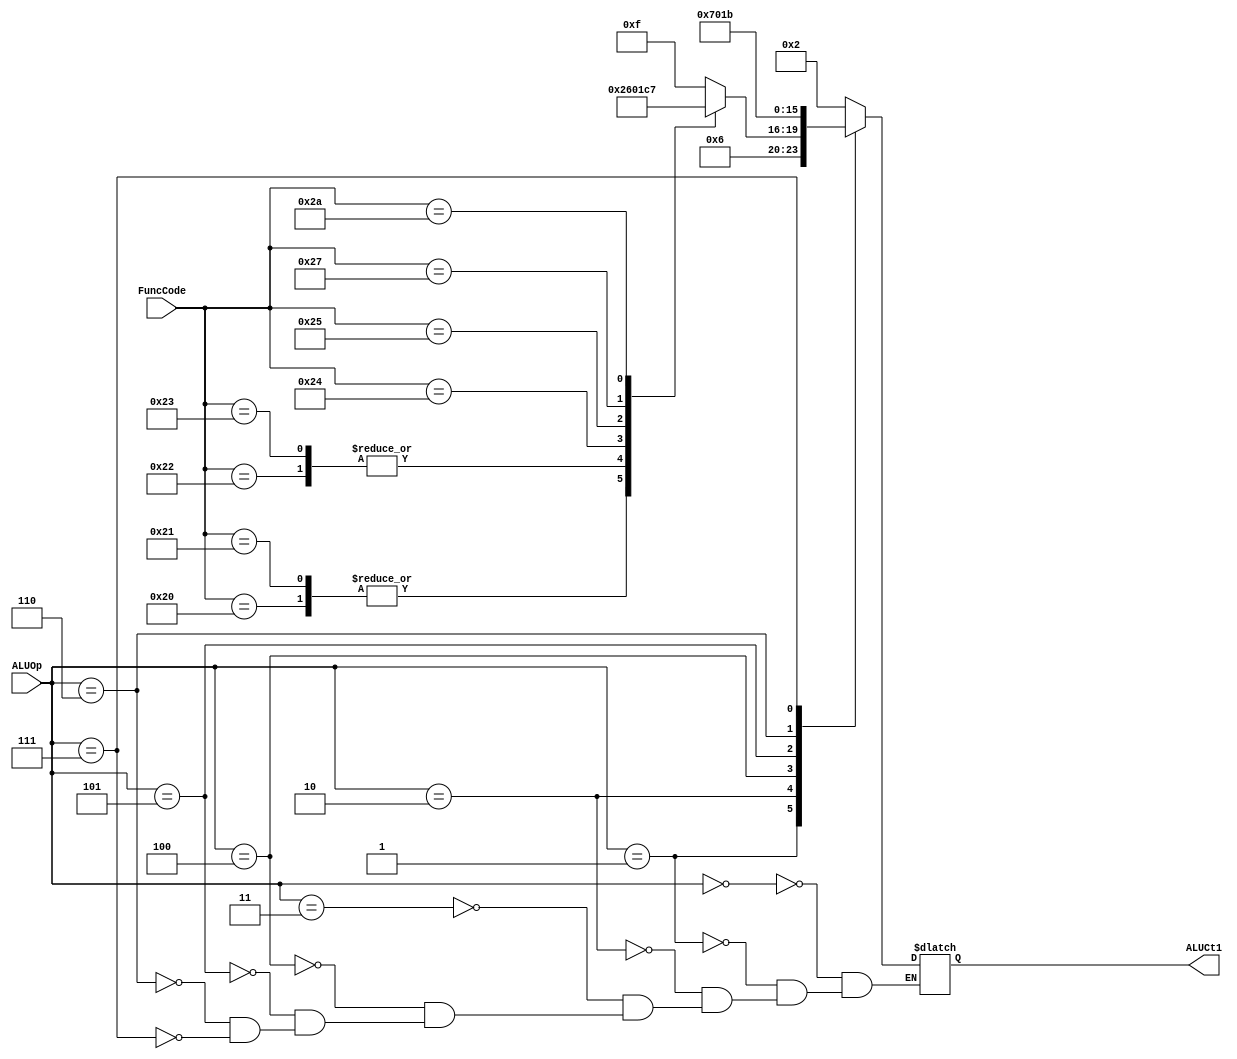
module ALUControl (ALUOp, FuncCode, ALUCt1);
  input[3:0] ALUOp;
  input[5:0] FuncCode;
  output reg[3:0] ALUCt1;
  
  always@(FuncCode or ALUOp)
  case(ALUOp)
    0: ALUCt1 <= 2;//lw e sw
    1: ALUCt1 <= 6;//beq
    2: case(FuncCode)
          0:ALUCt1 <= 15;//sll
          2:ALUCt1 <= 15;//srl
          8:ALUCt1 <= 15;//jump register
          32:ALUCt1 <= 2; //soma
          33:ALUCt1 <= 2;//soma unsigned
          34:ALUCt1 <= 6; //subtrai
          35:ALUCt1 <= 6; //subtract unsigned
          36:ALUCt1 <= 0; //and
          37:ALUCt1 <= 1; //or
          39:ALUCt1 <= 12; //nor
          42:ALUCt1 <= 7; //slt
          43:ALUCt1 <= 15; //sltu
         default:ALUCt1 <= 15;
       endcase
    3: ALUCt1 <= 2;//Addi
    4: ALUCt1 <= 7;//Slti
    5: ALUCt1 <= 0; //andi
    6: ALUCt1 <= 1; //ori
    7: ALUCt1 <= 11; //lui
  endcase
endmodule